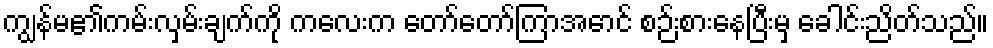
ကျွန်မ၏ကမ်းလှမ်းချက်ကို ကလေးက တော်တော်ကြာအောင် စဉ်းစားနေပြီးမှ ခေါင်းညိတ်သည်။